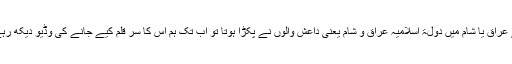
اگر اسے عراق یا شام میں دولۃ اسلامیہ عراق و شام یعنی داعش والوں نے پکڑا ہوتا تو اب تک ہم اس کا سر قلم کیے جانے کی وڈیو دیکھ رہے ہوتے۔